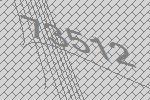
73512